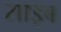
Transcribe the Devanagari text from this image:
साइब